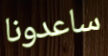
ساعدونا